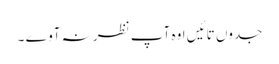
جدوں تائیں اوہ آپ نظر نہ آوے ۔